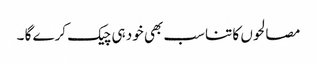
مصالحوں کا تناسب بھی خود ہی چیک کرے گا ۔